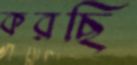
করছি